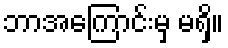
ဘာအကြောင်းမှ မရှိ။